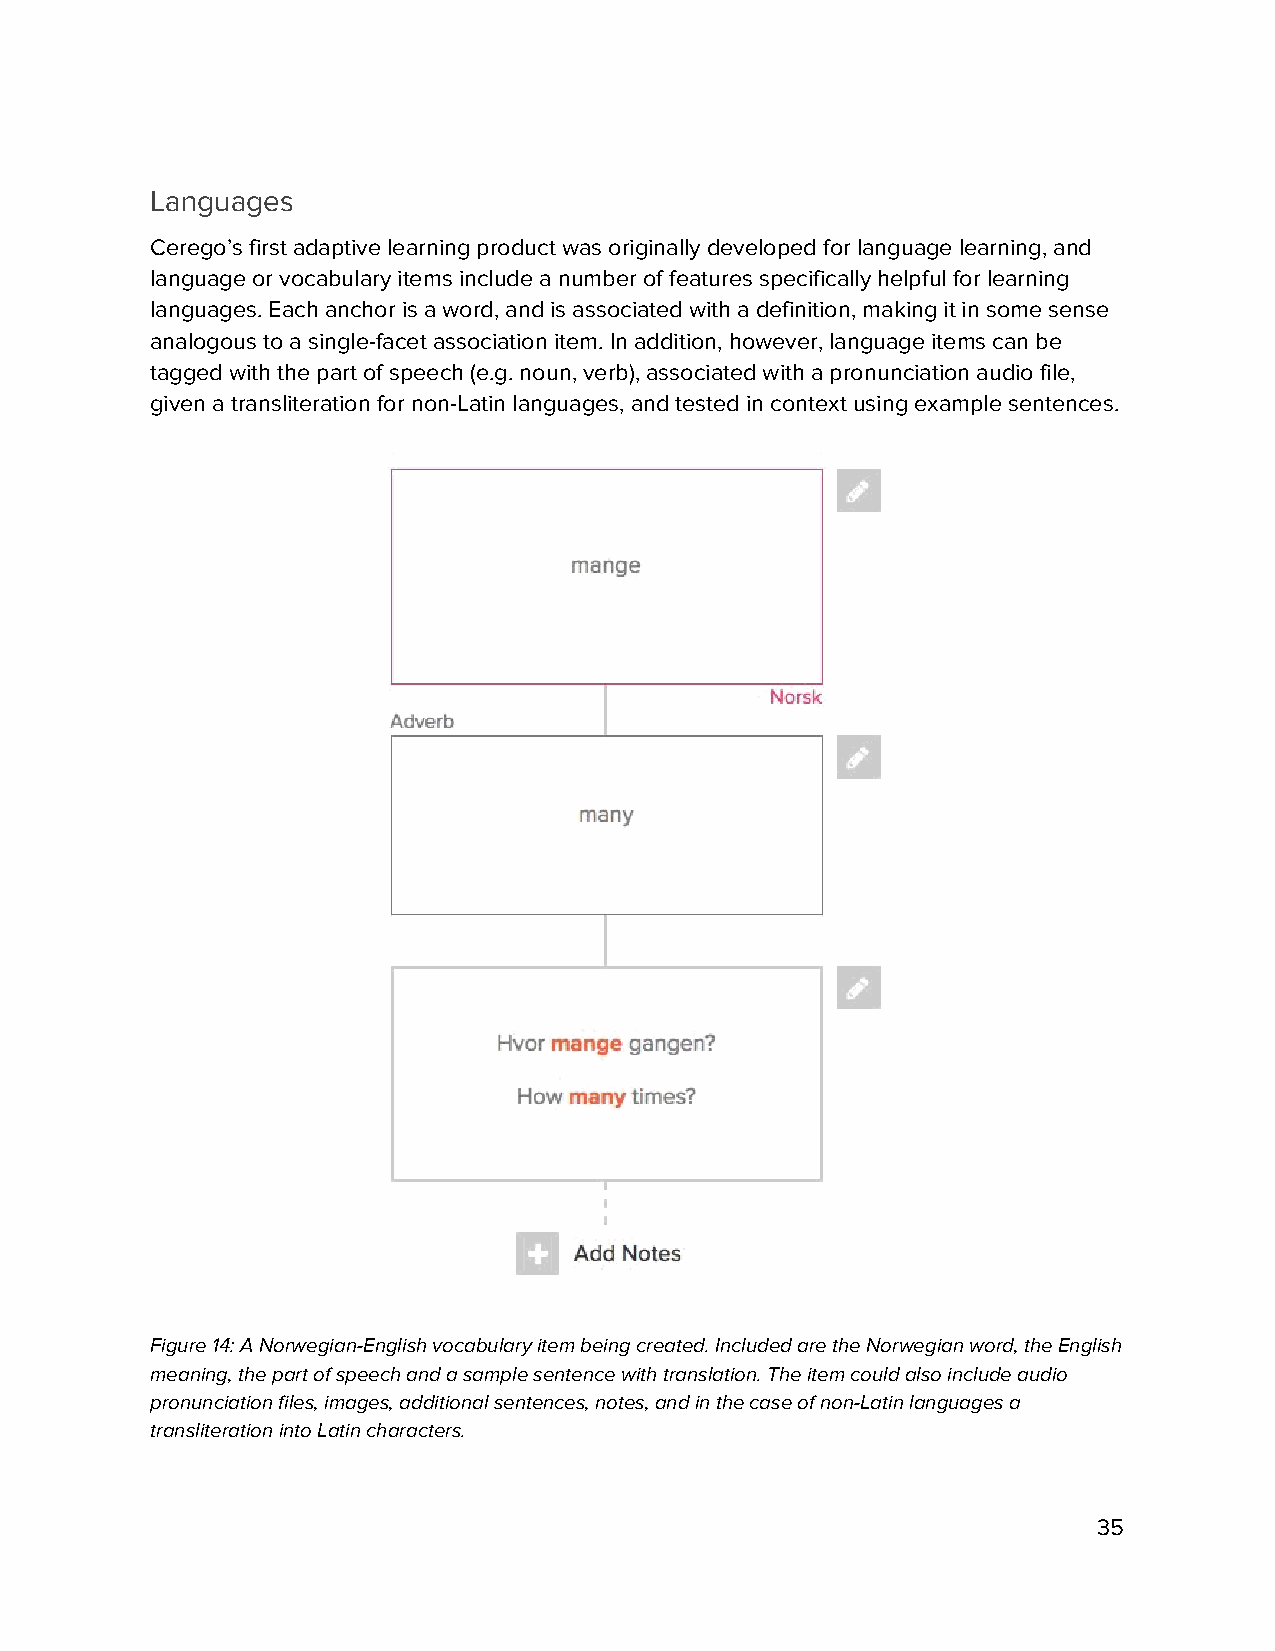
Languages
 Cerego’s first adaptive learning product was originally developed for language learning, and
 language or vocabulary items include a number of features specifically helpful for learning
 languages. Each anchor is a word, and is associated with a definition, making it in some sense
 analogous to a single-facet association item. In addition, however, language items can be
 tagged with the part of speech (e.g. noun, verb), associated with a pronunciation audio file,
 given a transliteration for non-Latin languages, and tested in context using example sentences.
 Figure 14: A Norwegian-English vocabulary item being created. Included are the Norwegian word, the English
 meaning, the part of speech and a sample sentence with translation. The item could also include audio
 pronunciation files, images, additional sentences, notes, and in the case of non-Latin languages a
 transliteration into Latin characters.
 35